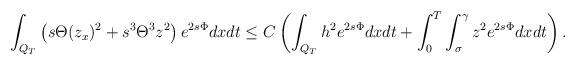
LaTeX: \begin{align*}\begin{aligned}\int_{Q_T} \left(s\Theta (z_x)^2 + s^3 \Theta^3 z^2\right)e^{2s\Phi}dxdt\le C\left(\int_{Q_T} h^{2}e^{2s\Phi}dxdt + \int_0^T\int_\sigma^\gamma z^2e^{2s\Phi}dxdt\right).\end{aligned}\end{align*}